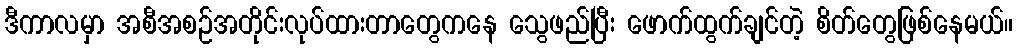
ဒီကာလမှာ အစီအစဉ်အတိုင်းလုပ်ထားတာတွေကနေ သွေဖည်ပြီး ဖောက်ထွက်ချင်တဲ့ စိတ်တွေဖြစ်နေမယ်။